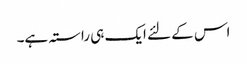
اس کے لئے ایک ہی راستہ ہے۔